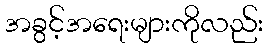
အခွင့်အရေးများကိုလည်း